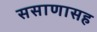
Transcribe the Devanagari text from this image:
ससाणासह